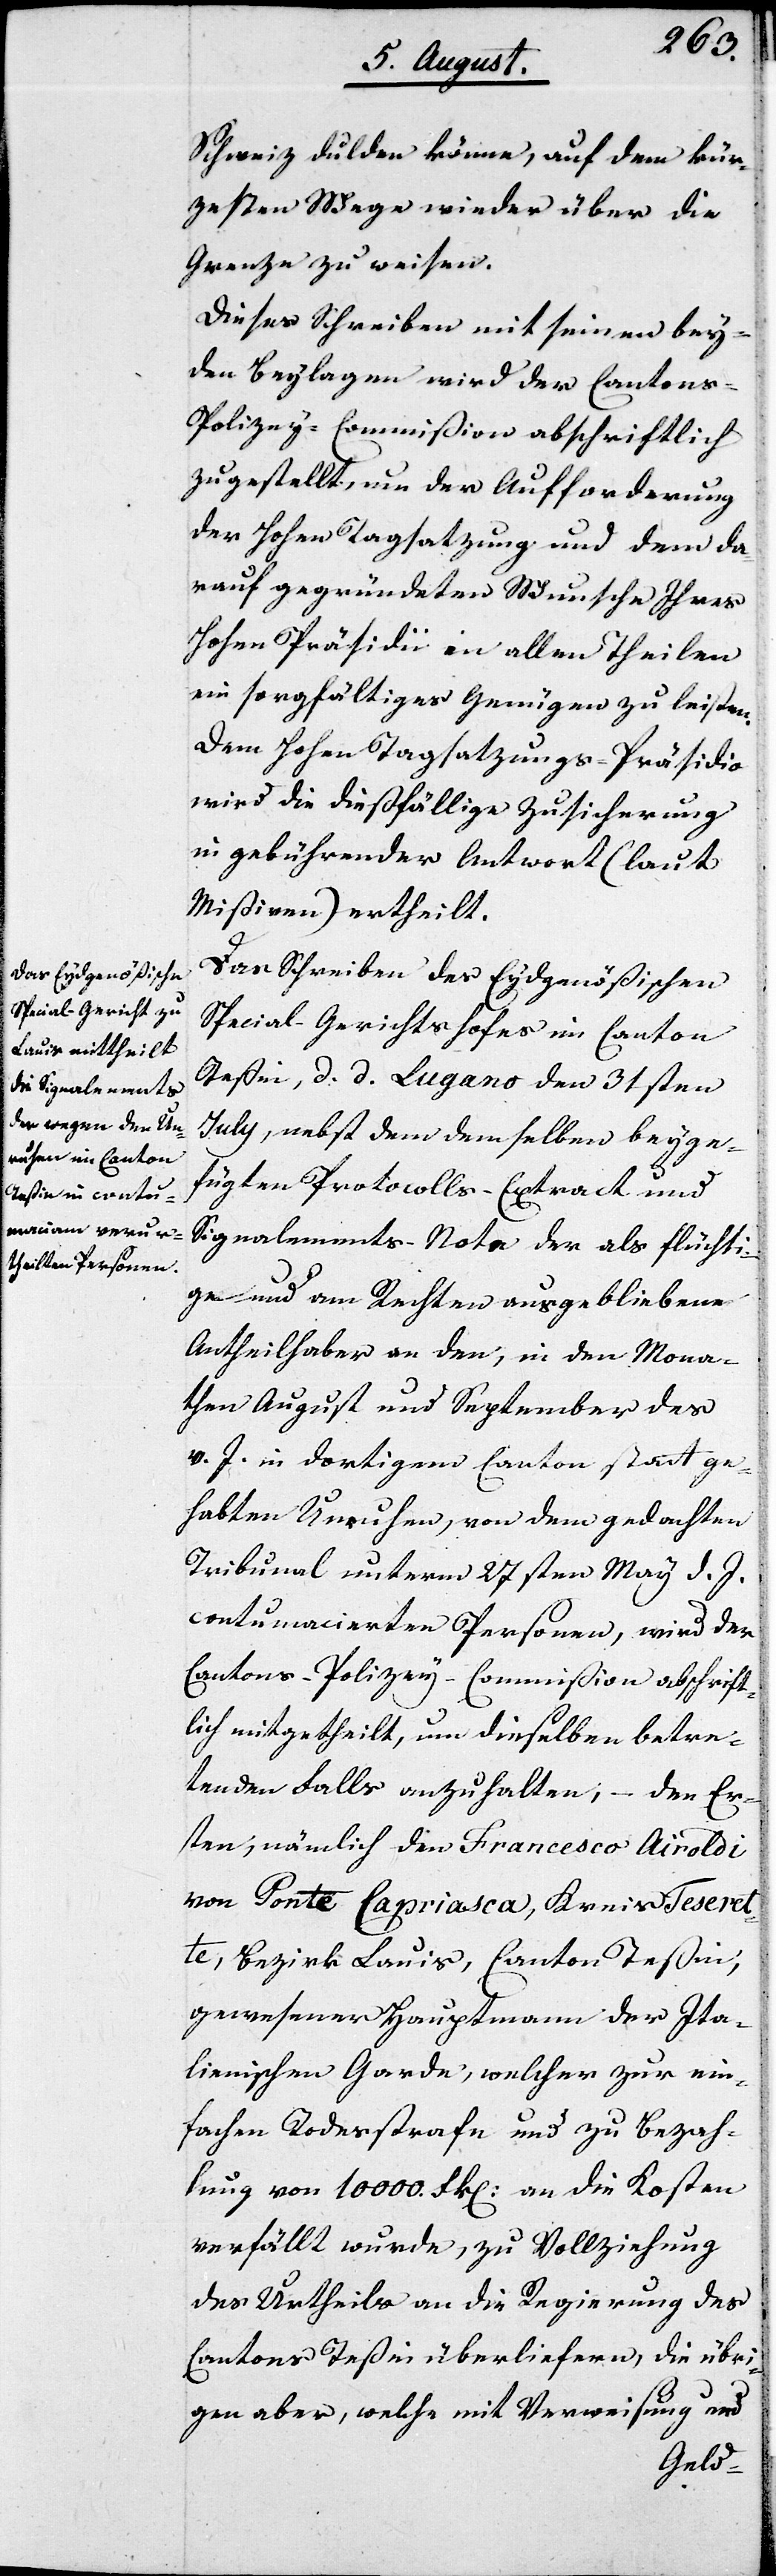
Schweiz dulden könne, auf dem kür¬
zesten Wege wieder über die
Grenze zu weisen.
Dieses Schreiben mit seinen bey¬
den Beylagen wird der Canton¬
s-Polizey-Commißion abschriftlich
zugestellt, um der Aufforderung
der Hohen Tagsatzung und dem da¬
rauf gegründeten Wunsche Ihres
Hohen Präsidii in allen Theilen
ein sorgfältiges Genügen zu leisten.
Dem Hohen Tagsatzungs-Präsidio
wird die dießfällige Zusicherung
in gebührender Antwort (laut
Mißiven) ertheilt.
Das Schreiben des Eydgenößischen
Special-Gerichtshofes im Canton
Teßin, d. d. Lugano den 31sten
July, nebst dem demselben beyge¬
fügten Protocolls-Extract und
Signalements-Note der als flüchti¬
ge und am Rechten ausgebliebene
Antheilhaber an den, in den Mona¬
then August und September des
v. J. in dortigem Canton Statt ge¬
habten Unruhen, von dem gedachten
Tribunal unterm 27sten May d. J.
contumacierten Personen, wird der
Cantons-Polizey-Commißion abschrift¬
lich mitgetheilt, um dieselben betre¬
tenden Falls anzuhalten, – den Er¬
sten, nämlich den Francesco Airoldi
von Ponte Capriasca, Kreis Teseret¬
te, Bezirk Lauis, Canton Teßin,
gewesener Hauptmann der Ita¬
lienischen Garde, welcher zur ein¬
fachen Todesstrafe und zu Bezah¬
lung von 10000 Frk. an die Kosten
verfällt wurde, zu Vollziehung
des Urtheils an die Regierung des
Cantons Teßin überliefern, die übri¬
gen aber, welche mit Verweisung und